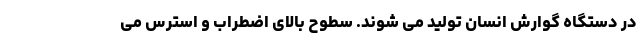
در دستگاه گوارش انسان تولید می شوند. سطوح بالای اضطراب و استرس می